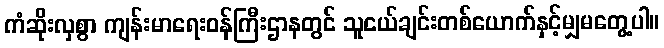
ကံဆိုးလှစွာ ကျန်းမာရေးဝန်ကြီးဌာနတွင် သူငယ်ချင်းတစ်ယောက်နှင့်မျှမတွေ့ပါ။